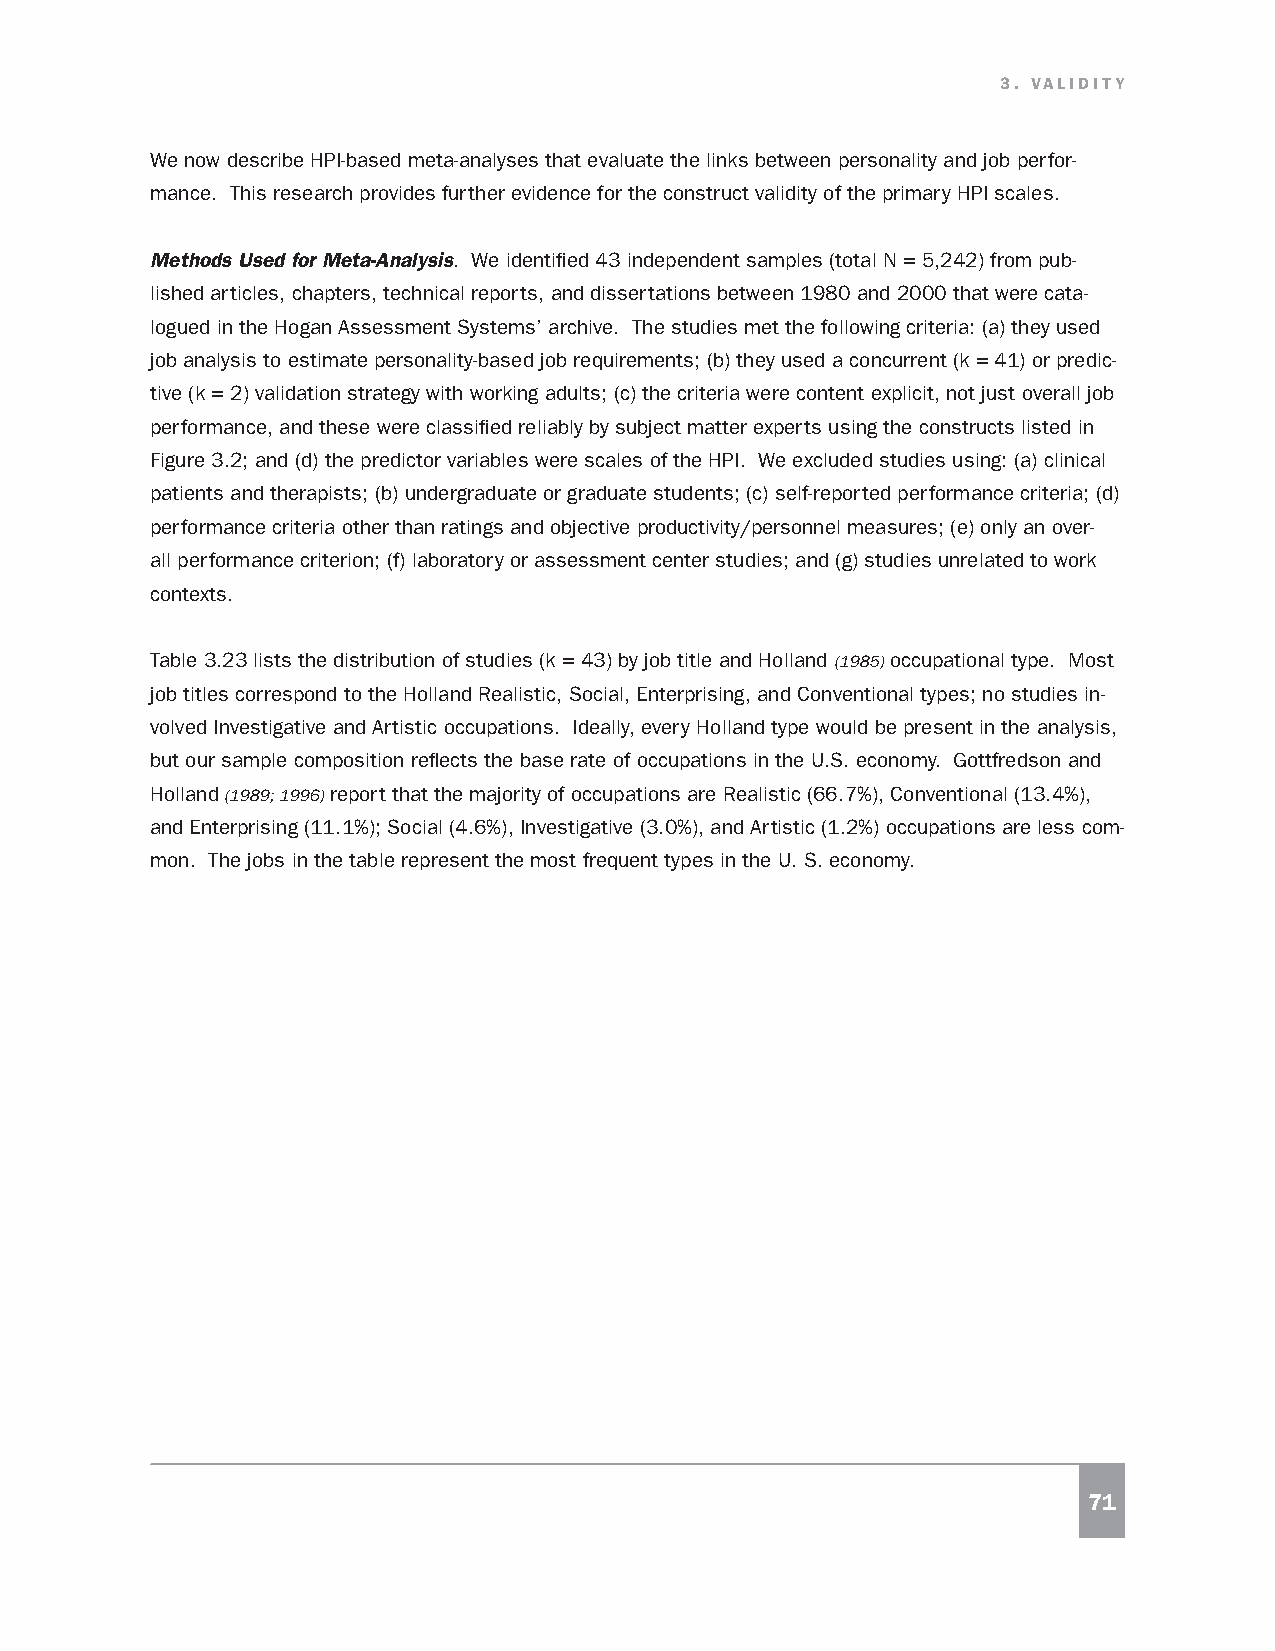
3. VALIDITY
 We now describe HPI-based meta-analyses that evaluate the links between personality and job perfor-
 mance. This research provides further evidence for the construct validity of the primary HPI scales.
 Methods Used for Meta-Analysis. We identified 43 independent samples (total N = 5,242) from pub-
 lished articles, chapters, technical reports, and dissertations between 1980 and 2000 that were cata-
 logued in the Hogan Assessment Systems’ archive. The studies met the following criteria: (a) they used
 job analysis to estimate personality-based job requirements; (b) they used a concurrent (k = 41) or predic-
 tive (k = 2) validation strategy with working adults; (c) the criteria were content explicit, not just overall job
 performance, and these were classified reliably by subject matter experts using the constructs listed in
 Figure 3.2; and (d) the predictor variables were scales of the HPI. We excluded studies using: (a) clinical
 patients and therapists; (b) undergraduate or graduate students; (c) self-reported performance criteria; (d)
 performance criteria other than ratings and objective productivity/personnel measures; (e) only an over-
 all performance criterion; (f) laboratory or assessment center studies; and (g) studies unrelated to work
 contexts.
 Table 3.23 lists the distribution of studies (k = 43) by job title and Holland (1985) occupational type. Most
 job titles correspond to the Holland Realistic, Social, Enterprising, and Conventional types; no studies in-
 volved Investigative and Artistic occupations. Ideally, every Holland type would be present in the analysis,
 but our sample composition reflects the base rate of occupations in the U.S. economy. Gottfredson and
 Holland (1989; 1996) report that the majority of occupations are Realistic (66.7%), Conventional (13.4%),
 and Enterprising (11.1%); Social (4.6%), Investigative (3.0%), and Artistic (1.2%) occupations are less com-
 mon. The jobs in the table represent the most frequent types in the U. S. economy.
 71